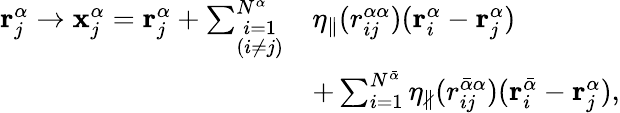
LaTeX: \begin{array}{rl}{\mathbf{r}_{j}^{\alpha}\rightarrow\mathbf{x}_{j}^{\alpha}=\mathbf{r}_{j}^{\alpha}+\sum_{\stackrel{\scriptstyle i=1}{\scriptstyle(i\ne j)}}^{N^{\alpha}}}&{\eta_{\parallel}(r_{ij}^{\alpha\alpha})(\mathbf{r}_{i}^{\alpha}-\mathbf{r}_{j}^{\alpha})}\\ &{+\sum_{i=1}^{N^{\bar{\alpha}}}\eta_{\nparallel}(r_{ij}^{\bar{\alpha}\alpha})(\mathbf{r}_{i}^{\bar{\alpha}}-\mathbf{r}_{j}^{\alpha}),}\end{array}